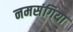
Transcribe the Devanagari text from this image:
नमसंगिया